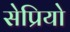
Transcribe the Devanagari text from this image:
सेप्रियो